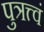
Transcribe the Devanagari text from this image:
पुत्रत्त्वं